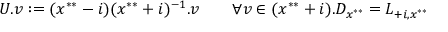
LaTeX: U . v : = ( x ^ { * * } - i ) ( x ^ { * * } + i ) ^ { - 1 } . v \qquad \forall v \in ( x ^ { * * } + i ) . D _ { x ^ { * * } } = L _ { + i , x ^ { * * } }